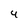
Character: 4